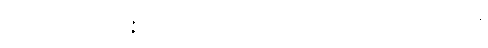
နိဗ္ဗိတက္ကာ မောတိ မဇ္ဇာမိ ကမ္မဝါစကံ ဝိဿတ္ထောတိ ဩဒဟိံ ဝက္ခမာနပ္ပကာရေန